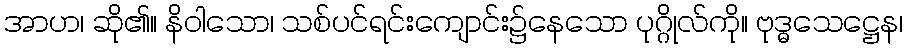
အာဟ၊ ဆို၏။ နိဝါသော၊ သစ်ပင်ရင်းကျောင်း၌နေသော ပုဂ္ဂိုလ်ကို။ ဗုဒ္ဓသေဋ္ဌေန၊